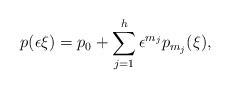
\begin{align*}p(\epsilon \xi)=p_0+\sum_{j=1}^h \epsilon^{m_j}p_{m_j}(\xi),\end{align*}